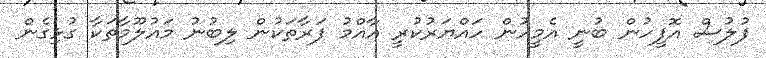
ފުލުސް އޮފީހުން ބުނީ އެމީހުން ހައްޔަރުކުރީ އާއްމު ފަރާތަކުން ލިބުނު މައުލޫމާތަކާ ގުޅިގެން